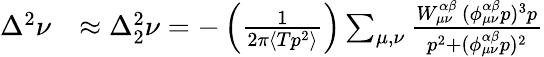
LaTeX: \begin{array}{rl}{\Delta^{2}\nu}&{\approx\Delta_{2}^{2}\nu=-\left(\frac{1}{2\pi\langle Tp^{2}\rangle}\right)\sum_{{\mu},{\nu}}\frac{W_{{\mu}{\nu}}^{\alpha\beta}\, (\phi_{{\mu}{\nu}}^{\alpha\beta}p)^{3}p}{p^{2}+(\phi_{{\mu}{\nu}}^{\alpha\beta}p)^{2}}}\end{array}